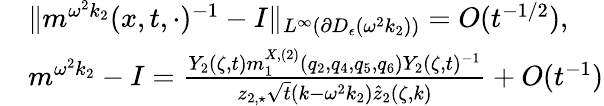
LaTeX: \begin{array}{rl}&{\| m^{\omega^{2}k_{2}}(x,t,\cdot)^{-1}-I\| _{L^{\infty}(\partial D_{\epsilon}(\omega^{2}k_{2}))}=O(t^{-1/2}),}\\ &{m^{\omega^{2}k_{2}}-I=\frac{Y_{2}(\zeta,t)m_{1}^{X,(2)}(q_{2},q_{4},q_{5},q_{6})Y_{2}(\zeta,t)^{-1}}{z_{2,\star}\sqrt{t}(k-\omega^{2}k_{2})\hat{z}_{2}(\zeta,k)}+O(t^{-1})}\end{array}